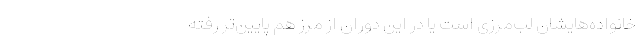
خانواده‌هایشان لب‌مرزی است یا در این دوران از مرز هم پایین‌تر رفته